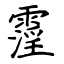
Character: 霪